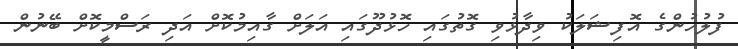
ފުލުހުންގެ އޮފިޝަލަކު ވިދާޅުވި ގޮތުގައި ހޮޅުދޫގައި އަލަށް ގާއިމުކޮށް އަދި ރަސްމީކޮށް ބޭނުން